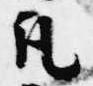
凡